Medical and sanitary report of the native army of Bengal for the year
Year: 1876
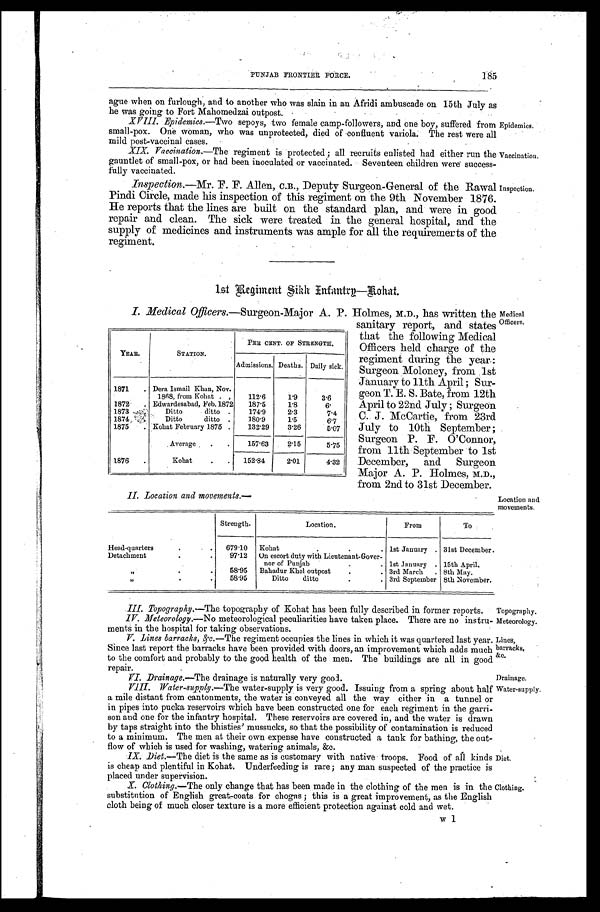
II. Location and movements.—
Location and
movements.
PUNJAB FRONTIER FORCE.
185
ague when on furlough, and to another who was slain in an Afridi ambuscade on 15th July as
he was going to Fort Mahomedzai outpost.
Epidemics.
XVIII. Epidemics. —Two sepoys, two female camp-followers, and one boy, suffered from
small-pox. One woman, who was unprotected, died of confluent variola. The rest were all
mild post-vaccinal cases.
Vaccination.
XIX. Vaccination.—The regiment is protected; all recruits enlisted had either run the
gauntlet of small-pox, or had been inoculated or vaccinated. Seventeen children were success-
fully vaccinated.
Inspection.
Inspection.—Mr. F. F. Allen, C.B., Deputy Surgeon-General of the Rawal
Pindi Circle, made his inspection of this regiment on the 9th November 1876.
He reports that the lines are built on the standard plan, and were in good
repair and clean. The sick were treated in the general hospital, and the
supply of medicines and instruments was ample for all the requiremerts of the
regiment.
1 s t R e g i m e n t S i k h I n f a n t r y — K o h a t .
Medical
Officers.
I. Medical Officers .—Surgeon-Major A. P. Holmes, M.D., has written the
sanitary report, and states
that the following Medical
Officers held charge of the
regiment during the year:
Surgeon Moloney, from 1st
January to 11th April; Sur-
geon T. E. S. Bate, from 12th
April to 22nd July; Surgeon
C. J. McCartie, from 23rd
July to 10th September;
Surgeon P. F. O'Connor,
from 11th September to 1st
December, and Surgeon
Major A. P. Holmes, M.D.,
from 2nd to 31st December.
YEAR.
STATION.
PER CENT. OF STRENGTH.
Admissions. Deaths. Daily sick.
1871
Dera Ismail Khan, Nov.
1868, from Kohat
112.6
1.9
3.6
1872
Edwardesabad, Feb.1872 187.5
1.8
6.
1873
Ditto ditto
174.9
2.3
7.4
1874
Ditto ditto
180.9
1.5
6.7
1875
Kohat February 1875
132.29 3.26
5.07
Average
157.63
2.15
5.75
1.876
Kohat
152.84
2.01
4.32
Strength.
Location.
From
To
Head-quarters
679.10 Kohat
1st January 31st December
Detachment
97.12 On escort duty with Lieutenant-Gover-
nor of Punjab
1st January 15th April.
„
58.95 Bahadur Khel outpost
3rd March
8th May.
„ 58.95
Ditto ditto
3rd September 8th November.
Topography.
III. Topography.—The topography of Kohat has been fully described in former reports.
Meteorology.
IV. Meteorology .—No meteorological peculiarities have taken place. There are no instru-
ments in the hospital for taking observations.
Lines, barracks, &c.
V. Lines barracks, &c.—The regiment occupies the lines in which it was quartered last year.
Since last report the barracks have been provided with doors, an improvement which adds much
to the comfort and probably to the good health of the men. The buildings are all in good
repair.
Drainage.
VI. Drainage.—The drainage is naturally very good.
Water-supply.
VIII. Water-supply.—The water-supply is very good. Issuing from a spring about half
a mile distant from cantonments, the water is conveyed all the way either in a tunnel or
in pipes into pucka reservoirs which have been constructed one for each regiment in the garri-
son and one for the infantry hospital. These reservoirs are covered in, and the water is drawn
by taps straight into the bhisties' mussucks, so that the possibility of contamination is reduced
to a minimum. The men at their own expense have constructed a tank for bathing, the out-
flow of which is used for washing, watering animals, &c.
Diet.
IX. Diet.—The diet is the same as is customary with native troops. Food of all kinds
is cheap and plentiful in Kohat. Underfeeding is rare; any man suspected of the practice is
placed under supervision.
Clothing.
X. Clothing.—The only change that has been made in the clothing of the men is in the
substitution of English great-coats for chogas; this is a great improvement, as the English
cloth being of much closer texture is a more efficient protection against cold and wet.
w 1